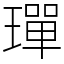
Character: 𤩧